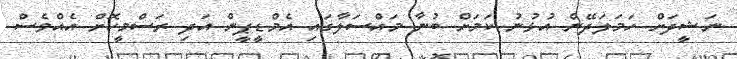
ނަޝީދަށް ހަމަލަދޭން އުޅުނު ކަމަށް ބުނާ މައްސަލާގައި އެމްޑީޕީން އަދި ރަސްމީކޮށް އެއްވެސް